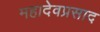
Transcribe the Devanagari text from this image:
महादेवप्रसाद